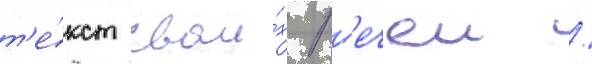
т'е́кст свои́х р'ечеи /